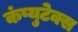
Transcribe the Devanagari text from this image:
कंप्युटेक्स